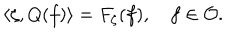
\langle \zeta , Q ( f ) \rangle = F _ { \zeta } ( f ) , \quad f \in { \cal O } .